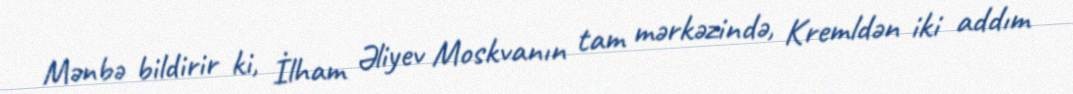
Mənbə bildirir ki, İlham Əliyev Moskvanın tam mərkəzində, Kremldən iki addım